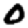
Digit: 0